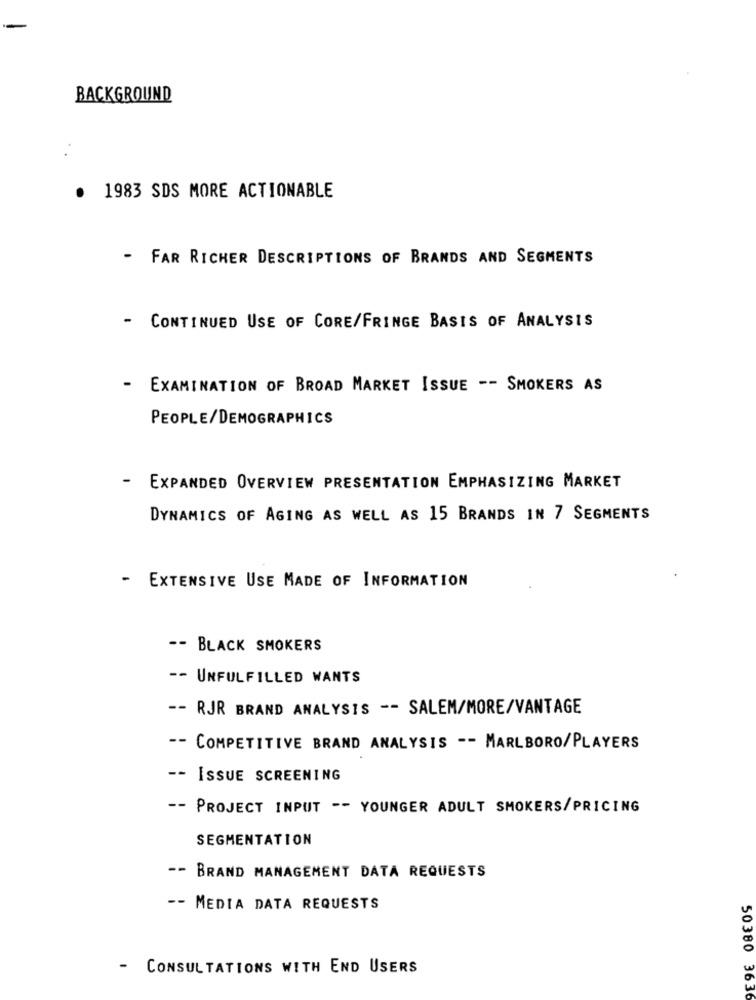
BACKGROUND
.
1983 SDS MORE ACTIONABLE
- FAR RICHER DESCRIPTIONS OF BRANDS AND SEGMENTS
- CONTINUED USE OF CORE/FRINGE BASIS OF ANALYSIS
- EXAMINATION OF BROAD MARKET ISSUE -- SMOKERS AS
PEOPLE/DEMOGRAPHICS
- EXPANDED OVERVIEW PRESENTATION EMPHASIZING MARKET
DYNAMICS OF AGING AS WELL AS 15 BRANDS IN 7 SEGMENTS
- EXTENSIVE USE MADE OF INFORMATION
-- BLACK SMOKERS
-- UNFULFILLED WANTS
-- RJR BRAND ANALYSIS -- SALEM/MORE/VANTAGE
-- COMPETITIVE BRAND ANALYSIS -- MARLBORO/PLAYERS
-- ISSUE SCREENING
-- PROJECT INPUT -- YOUNGER ADULT SMOKERS/PRICING
SEGMENTATION
-- BRAND MANAGEMENT DATA REQUESTS
-- MEDIA DATA REQUESTS
-
CONSULTATIONS WITH END USERS
50380 3636